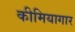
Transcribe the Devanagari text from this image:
कीमियागार